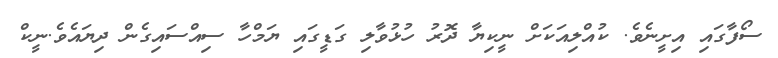
ސޯފާގައި އިށީނެވެ. ކުއްލިއަކަށް ނީކިޔާ ދޮރު ހުޅުވާލި ގަޑީގައި ޔަމްހާ ސިއްސައިގެން ދިޔައެވެ.ނީކް